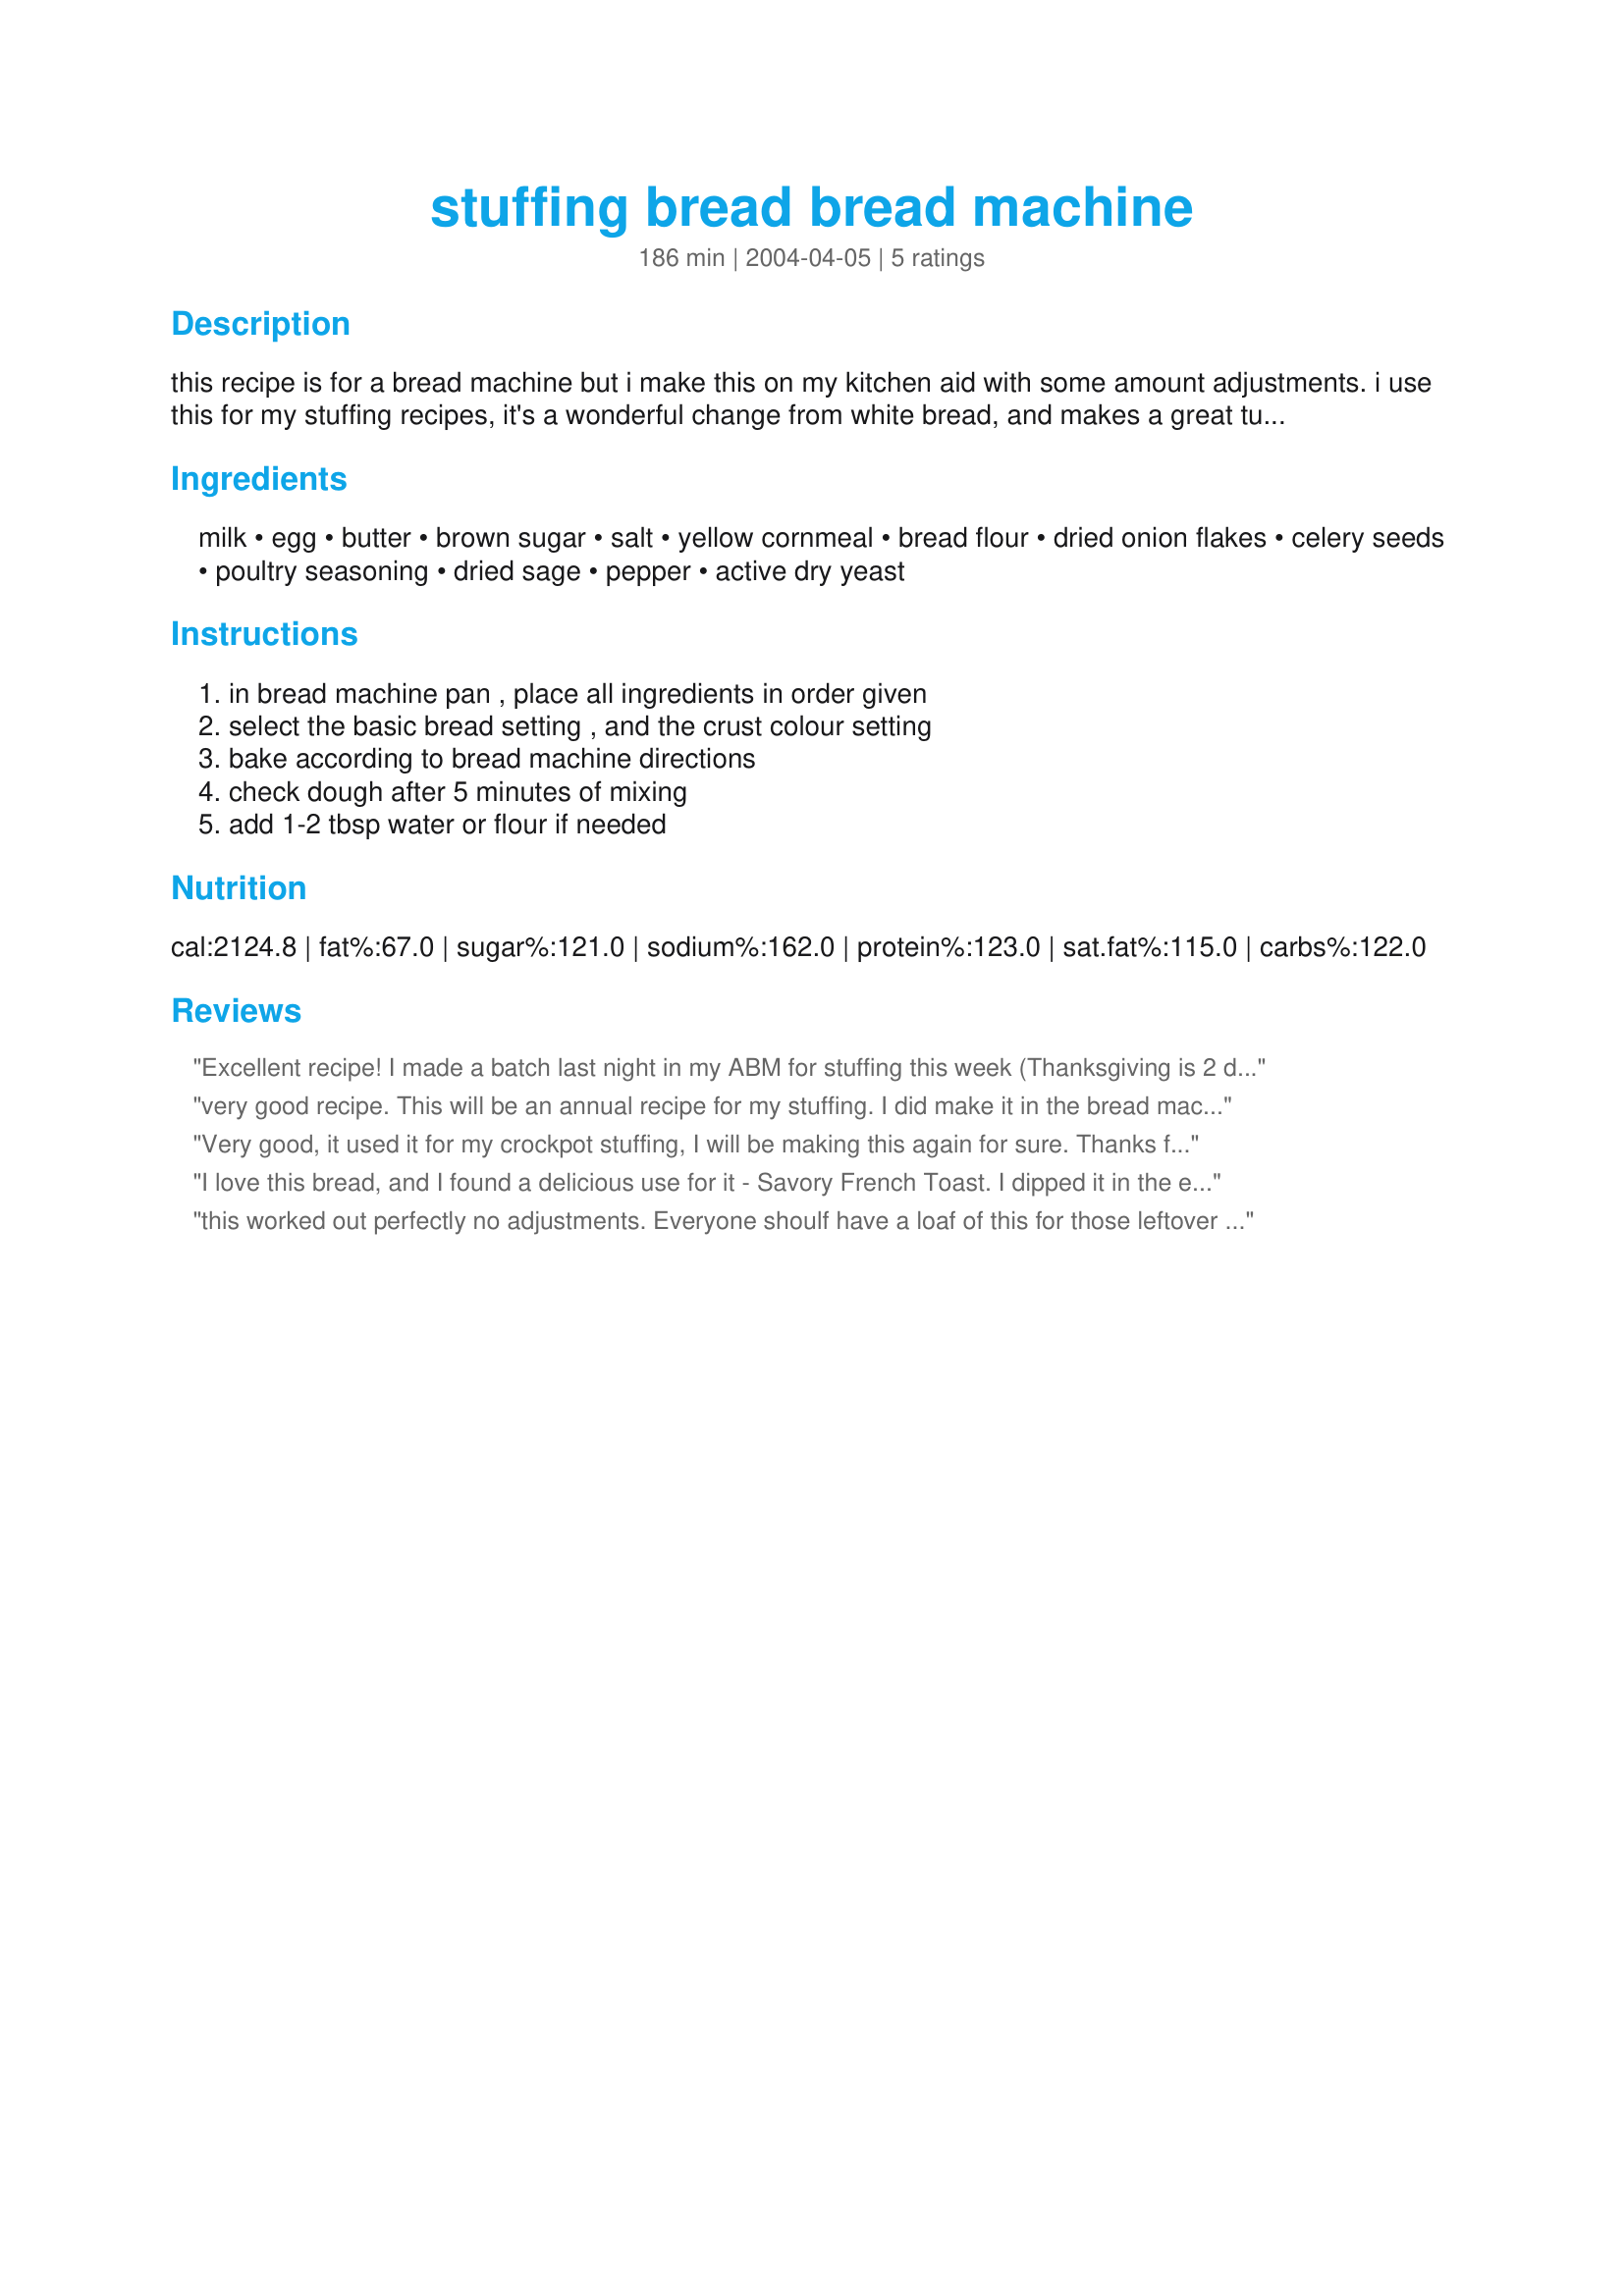
stuffing bread bread machine
Preparation time: 186 minutes

this recipe is for a bread machine but i make this on my kitchen aid with some amount adjustments. i use this for my stuffing recipes, it's a wonderful change from white bread, and makes a great turkey sandwich bread also!

Ingredients:
milk, egg, butter, brown sugar, salt, yellow cornmeal, bread flour, dried onion flakes, celery seeds, poultry seasoning, dried sage, pepper, active dry yeast

Steps:
in bread machine pan , place all ingredients in order given, select the basic bread setting , and the crust colour setting, bake according to bread machine directions, check dough after 5 minutes of mixing, add 1-2 tbsp water or flour if needed

Reviews:
Excellent recipe! I made a batch last night in my ABM for stuffing this week (Thanksgiving is 2 days away!). I cut it into coarse cubes and it's drying as I type this. I did reserve a slice for me and it's yummy. Nice texture. This would make awesome turkey sandwiches. I am using it for stuffing, though, and it's perfect for that. The only substitution I made was to use onion powder instead of dried onion flakes, since I didn't have the flakes. I cut it down to a heaping teaspoon. 
This one's a keeper. Thanks, Kittencal, for posting it! :-)
very good recipe. This will be an annual recipe for my stuffing. I did make it in the bread machine which helped me alot with our crazy schedule.
As I was putting it together, I didn't have cornmeal so I used Cracked wheat and didn't have dried onion flakes so used Mrs. Dash original seasoning. Turned out awesome. Next time I will lower the amount of sage to my families liking.
Its a great recipe... I'm sure with the ingredients listed it would be great also. instead of my adaptions. A+
Very good, it used it for my crockpot stuffing, I will be making this again for sure. Thanks for the recipe........
I love this bread, and I found a delicious use for it - Savory French Toast. I dipped it in the eggs per usual, then slapped on the butter and maple syrup. It was the most delicious French toast I've ever had.
this worked out perfectly no adjustments. Everyone shoulf have a loaf of this for those leftover turkey sandwiches. I tried this now whats left will go in with my dressing for christmas.. Thanks for the recipe.
